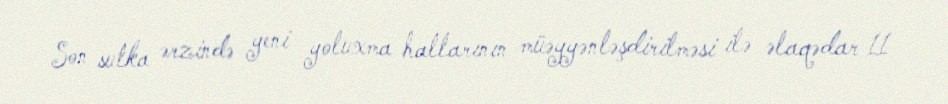
Son sutka ərzində yeni yoluxma hallarının müəyyənləşdirilməsi ilə əlaqədar 11